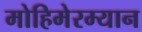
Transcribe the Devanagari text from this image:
मोहिमेरम्यान